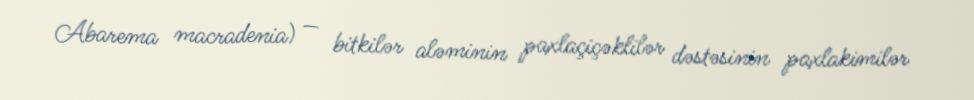
Abarema macradenia) — bitkilər aləminin paxlaçiçəklilər dəstəsinin paxlakimilər